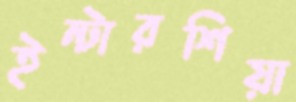
ইন্টারশিয়া